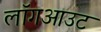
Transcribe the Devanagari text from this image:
लॉगआउट